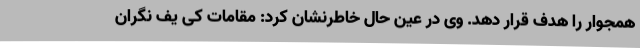
همجوار را هدف قرار دهد. وی در عین حال خاطرنشان کرد: مقامات کی یف نگران